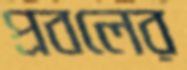
প্রবলের